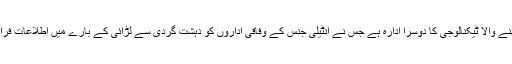
ٹوئٹر امریکہ سے تعلق رکھنے والا ٹیکنالوجی کا دوسرا ادارہ ہے جس نے انٹیلی جنس کے وفاقی اداروں کو دہشت گردی سے لڑائی کے بارے میں اطلاعات فراہم کرنے سے انکار کیا ہے۔